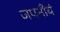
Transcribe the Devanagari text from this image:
जपनीयं